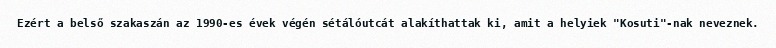
Ezért a belső szakaszán az 1990-es évek végén sétálóutcát alakíthattak ki, amit a helyiek "Kosuti"-nak neveznek.